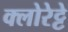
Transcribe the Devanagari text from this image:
क्‍लोरेट्टे